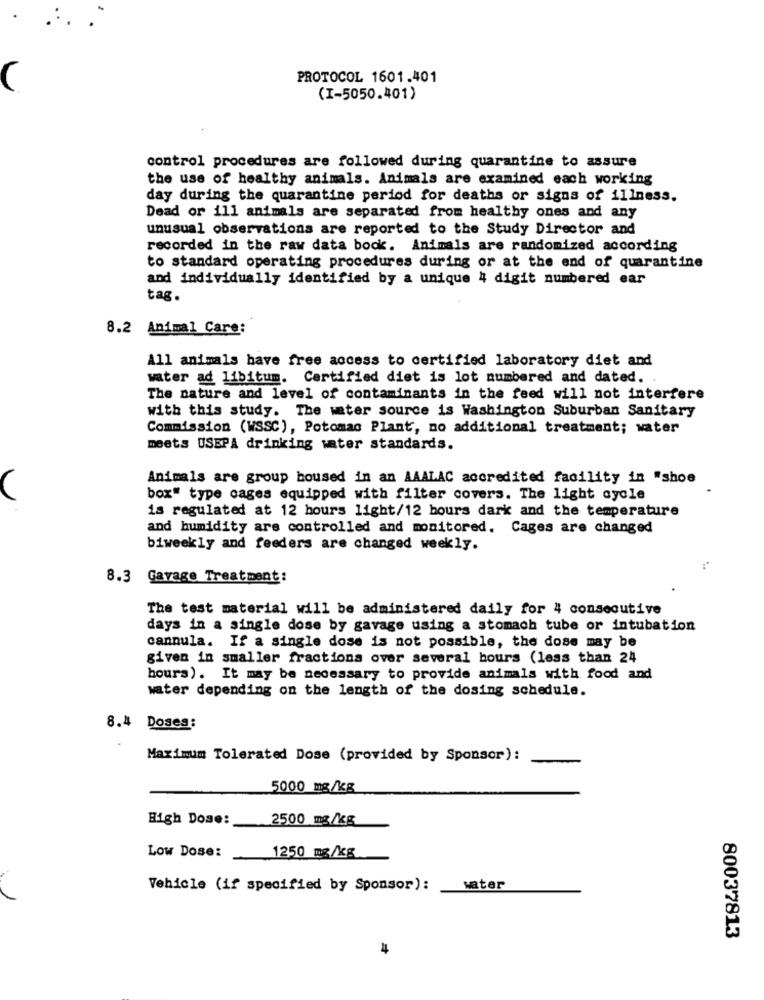
PROTOCOL 1601.401
(
(I-5050.401)
control procedures are followed during quarantine to assure
the use of healthy animals. Animals are examined each working
day during the quarantine period for deaths or signs of illness.
Dead or ill animals are separated from healthy ones and any
unusual observations are reported to the Study Director and
recorded in the raw data book. Animals are randomized according
to standard operating procedures during or at the end of quarantine
and individually identified by a unique 4 digit numbered ear
tag.
8.2 Animal Care:
All animals have free access to certified laboratory diet and
water ad libitum. Certified diet is lot numbered and dated. .
The nature and level of contaminants in the feed will not interfere
with this study. The water source is Washington Suburban Sanitary
Commission (WSSC), Potomac Plant, no additional treatment; water
meets USEPA drinking water standards.
Animals are group boused in an AAALAC accredited facility in "shoe
box" type cages equipped with filter covers. The light cycle
is regulated at 12 hours light/12 bours dark and the temperature
and humidity are controlled and monitored. Cages are changed
biweekly and feeders are changed weekly.
8.3 Gavage Treatment :
The test material will be administered daily for 4 consecutive
days in a single dose by gavage using a stomach tube or intubation
cannula. If a single dose is not possible, the dose may be
given in smaller fractions over several hours (less than 24
hours). It may be necessary to provide animals with food and
water depending on the length of the dosing schedule.
8.4 Doses:
Maximum Tolerated Dose (provided by Sponsor):
5000 mg/kg
High Dose:
2500 mg/kg
Low Dose:
1250 mg/kg
Vehicle (if specified by Sponsor):
water
80037813